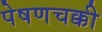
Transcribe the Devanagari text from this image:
पेषणचक्की